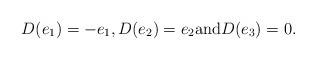
LaTeX: \begin{align*}D(e_1)=-e_1, D(e_2)=e_2 \textrm{and} D(e_3)=0.\end{align*}